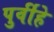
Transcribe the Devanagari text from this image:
पुर्वीहे